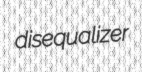
disequalizer